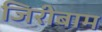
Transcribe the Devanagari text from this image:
जिरीबाम